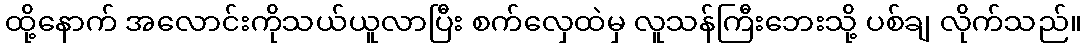
ထို့နောက် အလောင်းကိုသယ်ယူလာပြီး စက်လှေထဲမှ လူသန်ကြီးဘေးသို့ ပစ်ချ လိုက်သည်။